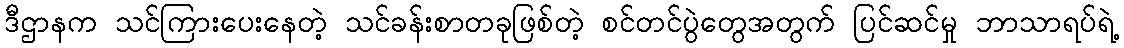
ဒီဌာနက သင်ကြားပေးနေတဲ့ သင်ခန်းစာတခုဖြစ်တဲ့ စင်တင်ပွဲတွေအတွက် ပြင်ဆင်မှု ဘာသာရပ်ရဲ့